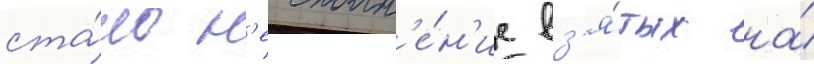
ста́ло н'еисполн'е́н'ие вз'я́тых на́